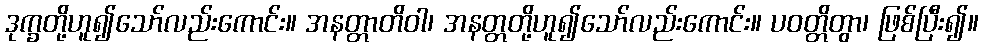
ဒုက္ခတို့ဟူ၍သော်လည်းကောင်း။ အနတ္တာတိဝါ၊ အနတ္တတို့ဟူ၍သော်လည်းကောင်း။ ပဝတ္တိတွာ၊ ဖြစ်ပြီး၍။